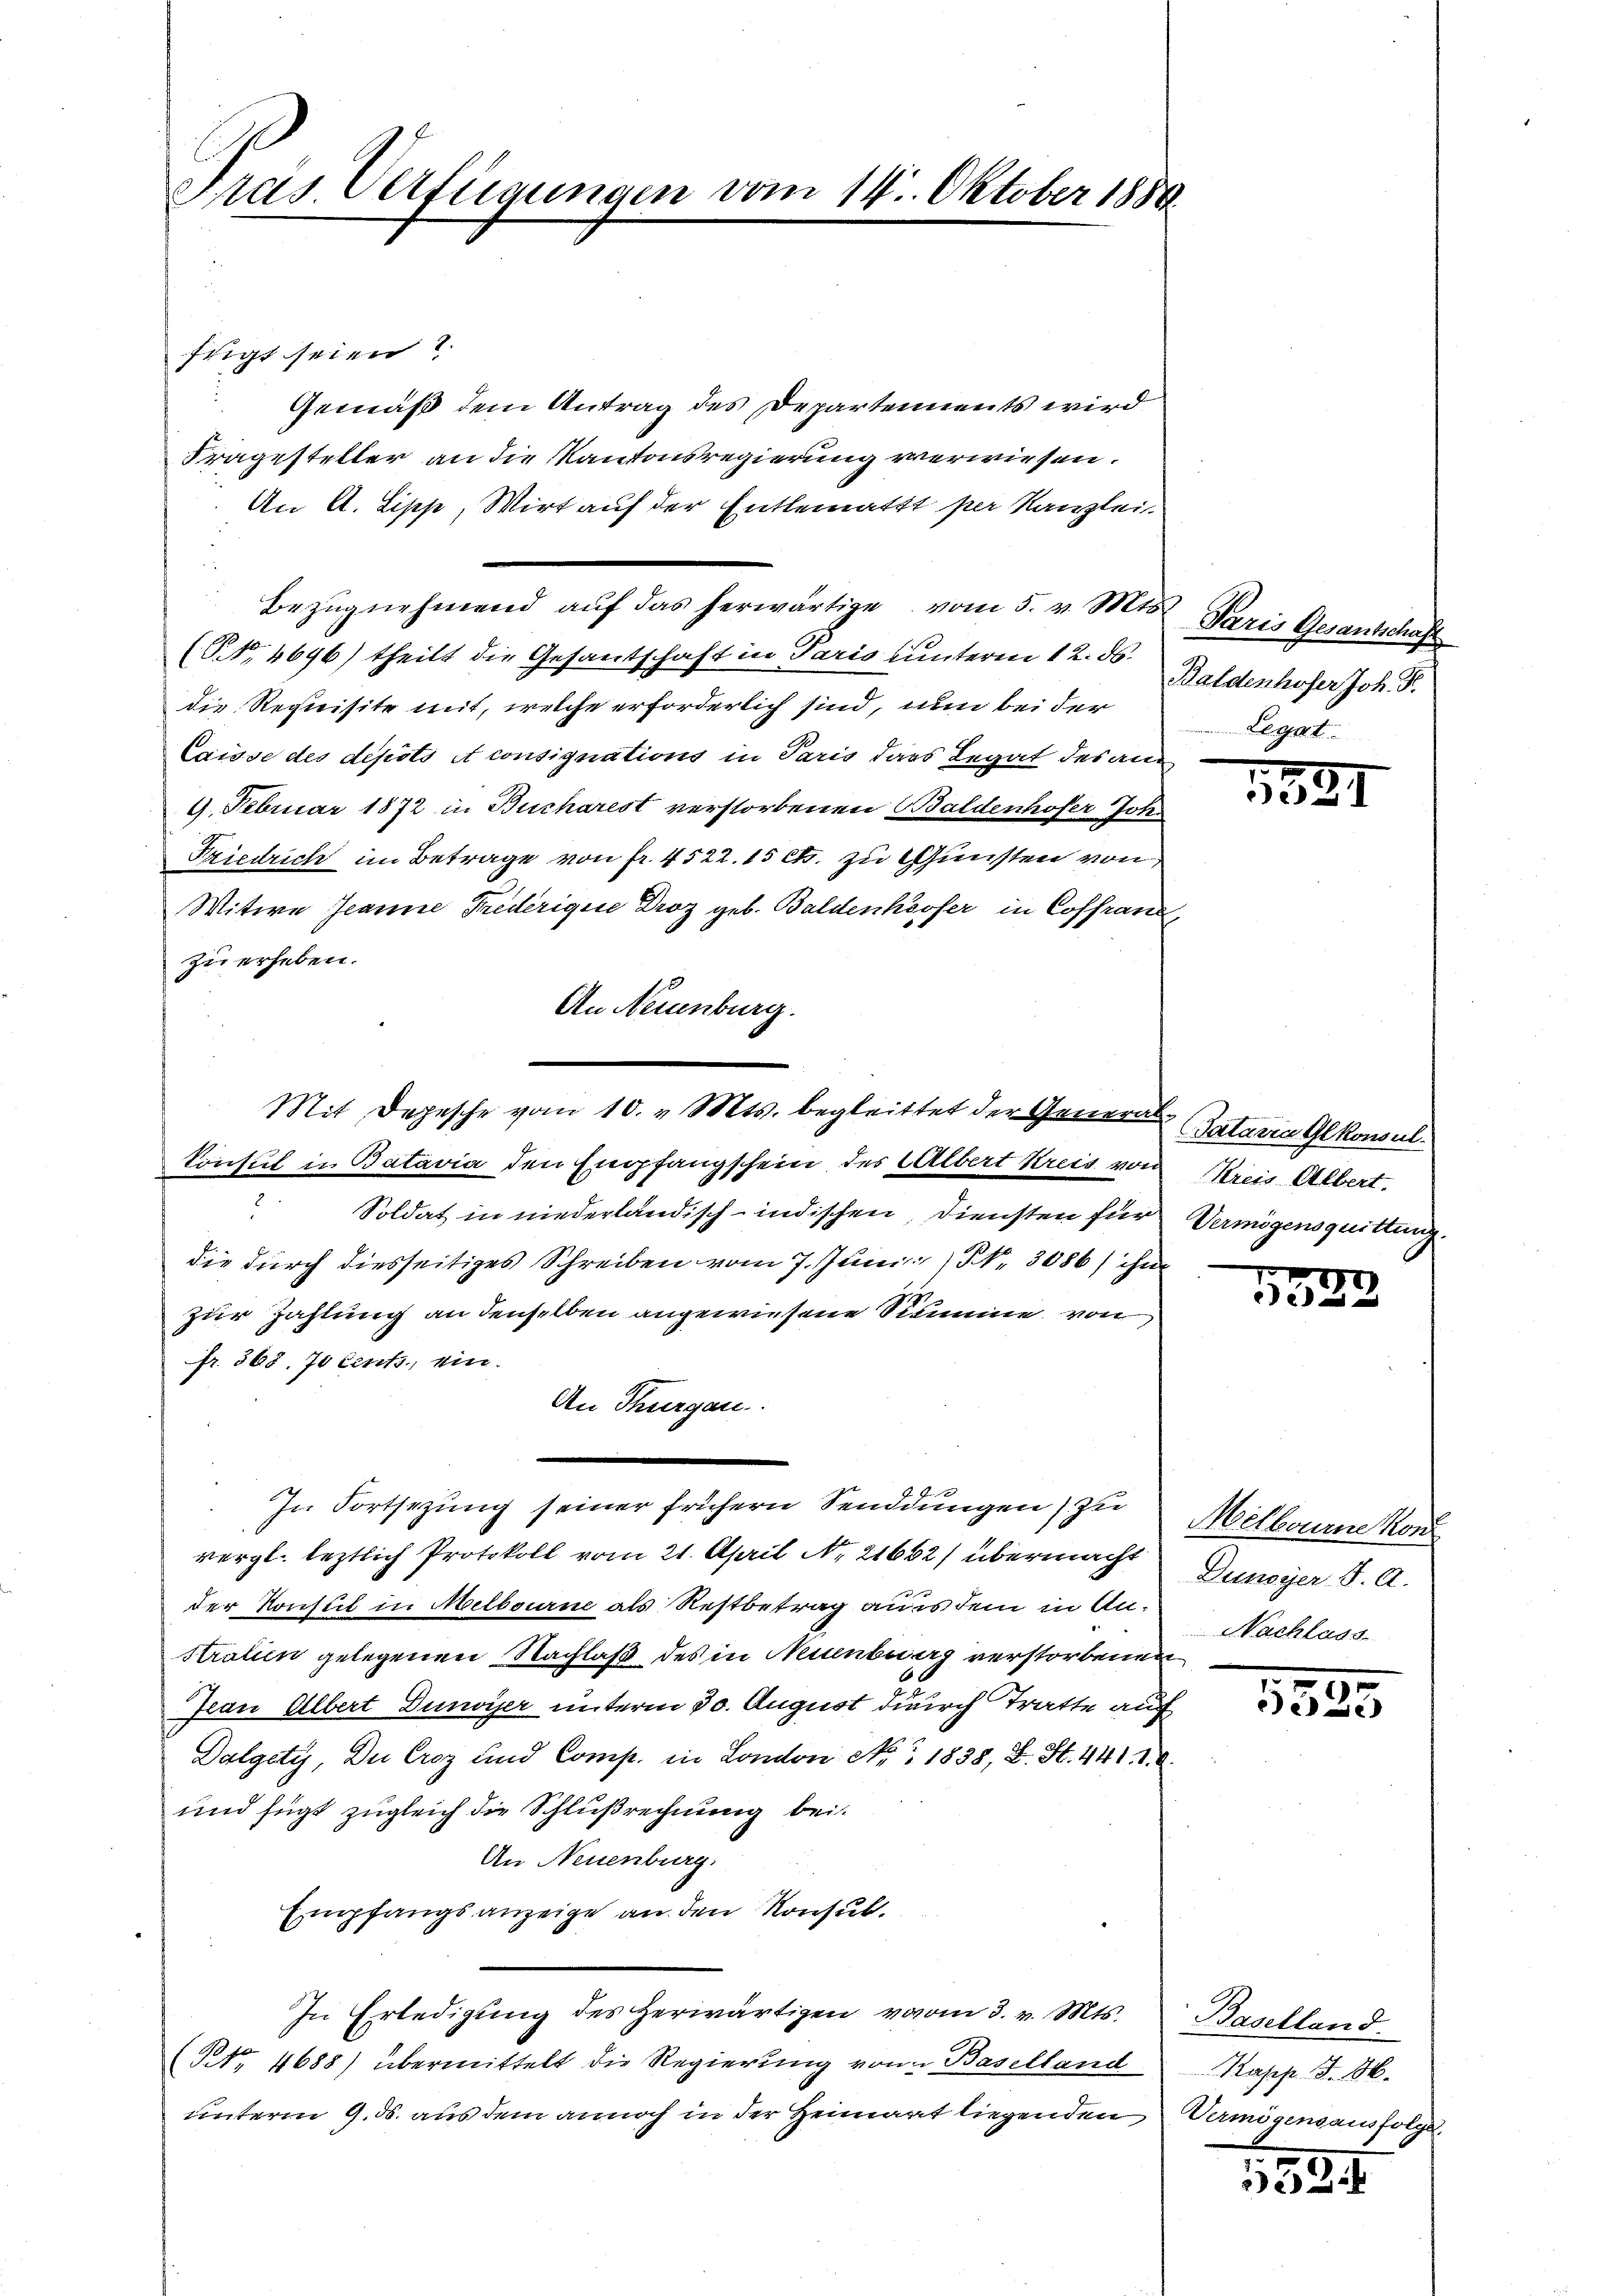
Pras Verfügungen vom 14. Oktober 1889.

fiigt seien ?
Gemäß dem Antrag des Departements wird
Fragesteller an die Kantonsregierung verwiesen.
An A. Lipp, Wirt auf der Entlemattt per Kanzlei¬
Bezŭgnehmend aŭf das herwärtige vom 5. v. Mts.
(S. 4696) theilt die Gesandtschaft in Paris unterm 12. ds.
die Requisite mit, welche erforderlich sind, nun bei der
Caisse des depots et consignations in Paris dass Legat des an¬
9. Februar 1872 in Bucharest verstorbenen Baldenhofer Joh.
Friedrich im Betrage von fr. 4522. 15 Cts. zu Gunsten von
Witwe Jeanne Fredérigue Droz geb. Baldenhöfer in Coffranz
zu erheben.
An Neuenburg.

Mit Depesche vom 10. v. Mts. begleittet der General¬
Consul in Batavia den Empfangschein des Albert Kreis von Kreis Albert,

3
Soldat in niederländisch-indischen, Diensten für Vermögensquittung
die durch diesseitiges Schreiben vom 7. Juni 1 N. 3086) ihn
zur Zahlung an denselben angewiesene Summe von
fr. 368. 70 Cents, ein.
An Thurgau.
In Fortsezung seiner frühern Sendungen zu
vergl. leztlich Protokoll vom 21. April N. 21662) übermacht
der Konsul in Melbourne als Restbetrag aus dem in An¬
Stralien gelegenen Nachlaß des in Neuenburg verstorbenen
Jean Olbert Diwyser unterm 30. August durch Tratte auch
Dalgety, Du Croz und Comp. in London No. 1838, B. S. 441. 1. A.
und fügt zugleich die Schlußrechnung bei.
An Neuenburg.
Empfangsanzeige an den Konsul¬
In Erledigung des Herwärtigen vom 3. v. Mts.
(No. 4688) übermittelt die Regierung von Baselland
unterm 9. ds. aus dem annoch in der Heimant liegenden

Paris Gesantschaft
Baldenhofer Joh. F.
Legat

1589

Sataria Glkonsul

5522

Melbourne Kon
Dunoyer S. A.
Nachlass

)
eese

Baselland
Kasch S. 86.
Vermögensausfolge,

1524